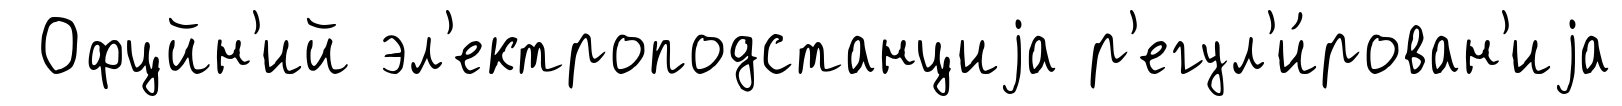
Офцйн'ий эл'ектроподстанциjа р'егул'и́рован'иjа